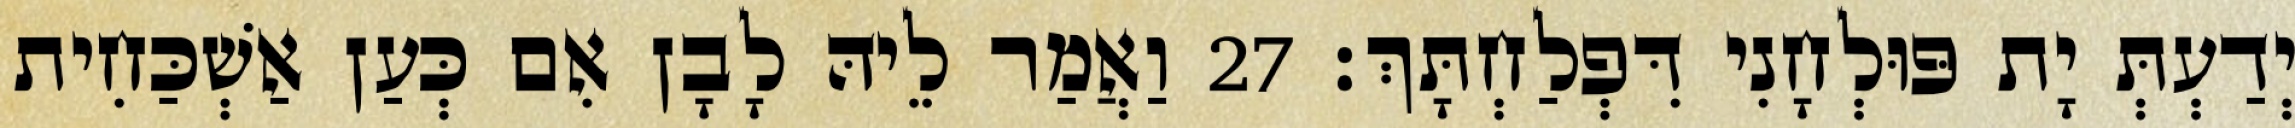
יְדַעְתְּ יָת פּוּלְחָנִי דִּפְלַחְתָּךְ׃ 27 וַאֲמַר לֵיהּ לָבָן אִם כְּעַן אַשְׁכַּחִית